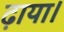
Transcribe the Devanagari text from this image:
ढ़ाया।